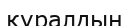
қүралдың